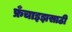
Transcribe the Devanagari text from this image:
फ्रँचाइझसाठी